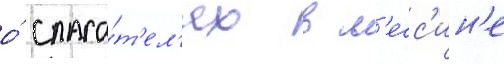
о́ спаса́т'ел'ях в м'есс'ин'е